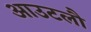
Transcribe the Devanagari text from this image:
आउटलौ